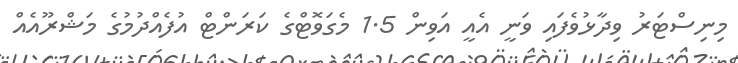
މިނިސްޓަރު ވިދާޅުވެފައި ވަނީ އެއީ އަވިން 1.5 މެގަވޮޓްގެ ކަރަންޓް އުފެއްދުމުގެ މަޝްރޫއެއް